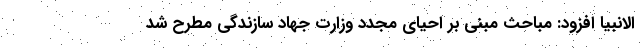
الانبیا افزود:‌ مباحث مبنی بر احیای مجدد وزارت جهاد سازندگی مطرح شد